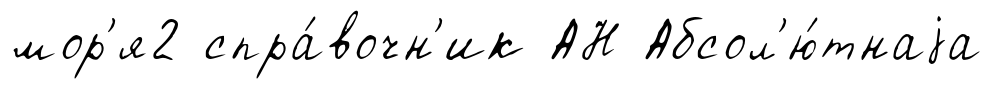
мор'я2 спра́вочн'ик АН Абсол'ю́тнаjа